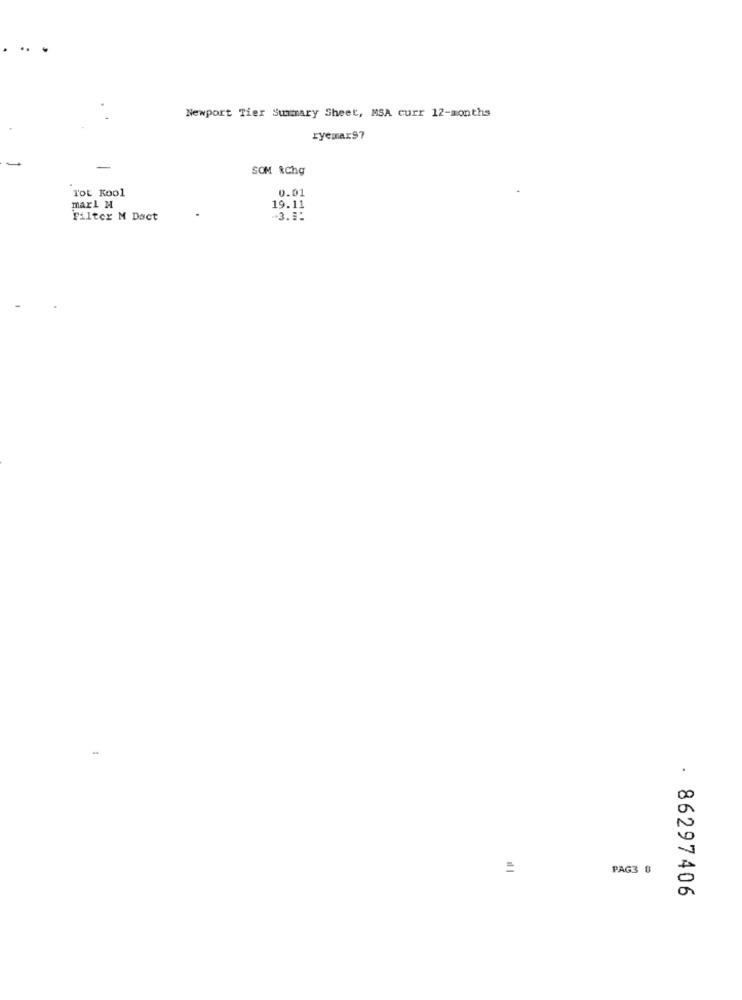
..
Newport Tier Summary Sheet, MSA curr 12-months
ryemax97
SOM RChg
Tot Kool
0.01
marl M
19.11
Filter M Doct
-3.1.
PAG3 0
. 86297406